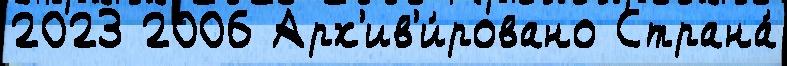
2023 2006 Арх'ив'и́ровано Страна́